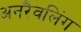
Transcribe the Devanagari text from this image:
अनरैवलिंग